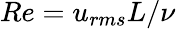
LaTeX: Re={{u_{rms}}L}/{\nu}